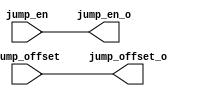
`timescale 1ns / 1ps



module Br_ctrl(
    input wire [15:0] jump_offset,
    input wire jump_en,
    
    output reg [15:0] jump_offset_o,
    output reg jump_en_o

    );
    
    always @(*) begin
        jump_offset_o = jump_offset;
        jump_en_o = jump_en; 
    end
    
endmodule